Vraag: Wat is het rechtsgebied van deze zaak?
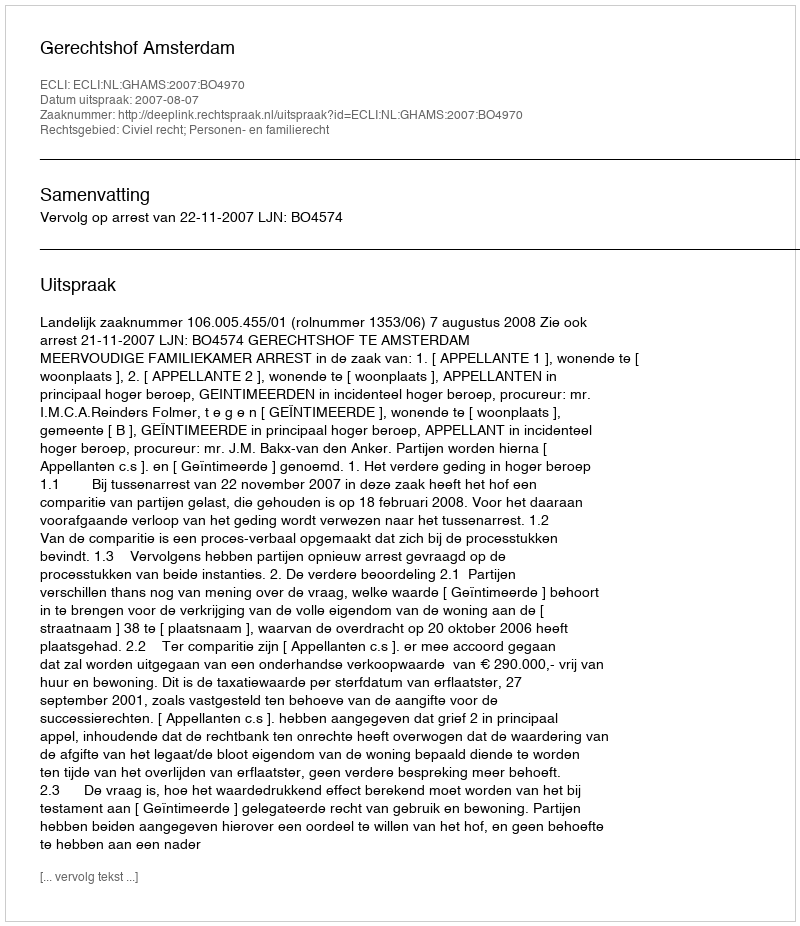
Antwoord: Civiel recht; Personen- en familierecht